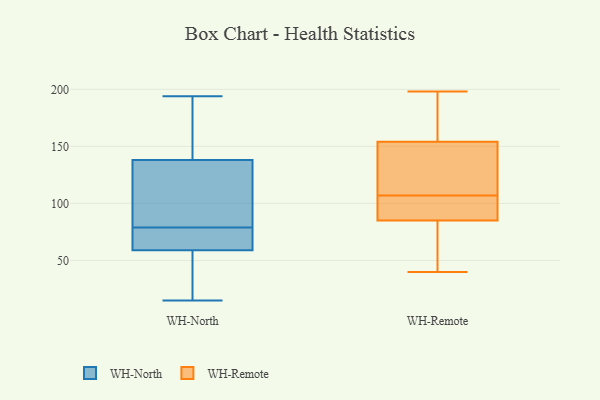
{"axis": {"x": "Energy Usage (MWh)", "y": "Value"}, "legend": ["WH-North", "WH-Remote"], "data": [{"x": "", "y": 138, "type": "WH-North"}, {"x": "", "y": 194, "type": "WH-North"}, {"x": "", "y": 32, "type": "WH-North"}, {"x": "", "y": 78, "type": "WH-North"}, {"x": "", "y": 15, "type": "WH-North"}, {"x": "", "y": 77, "type": "WH-North"}, {"x": "", "y": 93, "type": "WH-North"}, {"x": "", "y": 145, "type": "WH-North"}, {"x": "", "y": 26, "type": "WH-North"}, {"x": "", "y": 92, "type": "WH-North"}, {"x": "", "y": 78, "type": "WH-North"}, {"x": "", "y": 80, "type": "WH-North"}, {"x": "", "y": 192, "type": "WH-North"}, {"x": "", "y": 59, "type": "WH-North"}, {"x": "", "y": 107, "type": "WH-Remote"}, {"x": "", "y": 198, "type": "WH-Remote"}, {"x": "", "y": 117, "type": "WH-Remote"}, {"x": "", "y": 41, "type": "WH-Remote"}, {"x": "", "y": 107, "type": "WH-Remote"}, {"x": "", "y": 40, "type": "WH-Remote"}, {"x": "", "y": 171, "type": "WH-Remote"}, {"x": "", "y": 45, "type": "WH-Remote"}, {"x": "", "y": 191, "type": "WH-Remote"}, {"x": "", "y": 85, "type": "WH-Remote"}, {"x": "", "y": 127, "type": "WH-Remote"}, {"x": "", "y": 92, "type": "WH-Remote"}, {"x": "", "y": 121, "type": "WH-Remote"}, {"x": "", "y": 100, "type": "WH-Remote"}, {"x": "", "y": 50, "type": "WH-Remote"}, {"x": "", "y": 99, "type": "WH-Remote"}, {"x": "", "y": 168, "type": "WH-Remote"}, {"x": "", "y": 154, "type": "WH-Remote"}]}